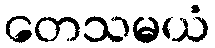
တေသမယံ